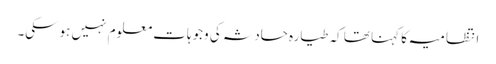
انتظامیہ کا کہنا تھا کہ طیارہ حادثہ کی وجوہات معلوم نہیں ہوسکی۔